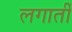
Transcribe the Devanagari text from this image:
लगातीं